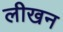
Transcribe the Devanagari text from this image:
लीखन